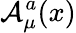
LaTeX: {\mathcal{A}}_{\mu}^{a}(x)